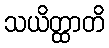
သယိတ္ထာတိ